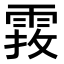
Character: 𩃂